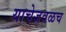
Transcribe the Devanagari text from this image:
याचेजवळच